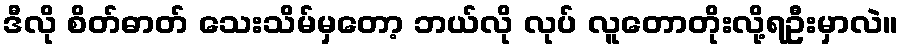
ဒီလို စိတ်ဓာတ် သေးသိမ်မှတော့ ဘယ်လို လုပ် လူတောတိုးလို့ရဦးမှာလဲ။